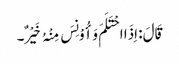
قَالَ: اِذَا احْتَلَمَ وَأُوْنِسَ مِنْہُ خَیْرٌ۔